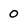
Character: 0